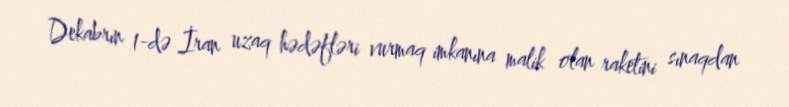
Dekabrın 1-də İran uzaq hədəfləri vurmaq imkanına malik olan raketini sınaqdan